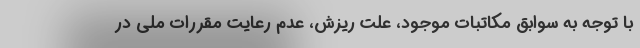
با توجه به سوابق مکاتبات موجود، علت ریزش، عدم رعایت مقررات ملی در